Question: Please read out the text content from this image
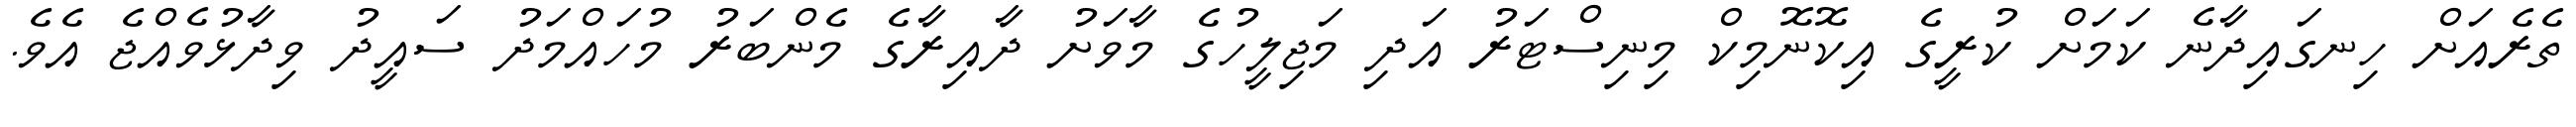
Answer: ތެރެއަށް ހިނގައިދާނެ ކަމަށް ކުރީގެ އިކޮނޮމިކް މިނިސްޓަރު އަދި މަޖިލީހުގެ މާވަށު ދާއިރާގެ މެންބަރު މުހައްމަދު ސައީދު ވިދާޅުވެއްޖެ އެވެ.